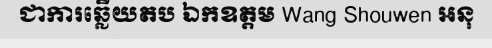
ជាការឆ្លើយតប ឯកឧត្តម Wang Shouwen អនុ